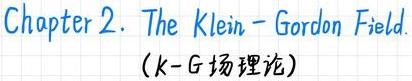
Chapter 2. The Klein - Gordon Field.
（K - G 场理论）